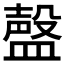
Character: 𰥃